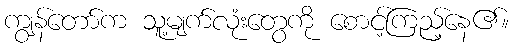
ကျွန်တော်က သူ့မျက်လုံးတွေကို စောင့်ကြည့်နေ၏။